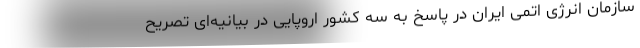
سازمان انرژی اتمی ایران در پاسخ به سه کشور اروپایی در بیانیه‌ای تصریح